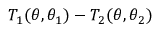
T _ { 1 } ( \theta , \theta _ { 1 } ) - T _ { 2 } ( \theta , \theta _ { 2 } )